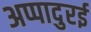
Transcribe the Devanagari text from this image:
अप्पादुरई